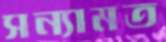
সন্যামত